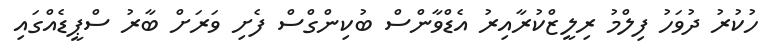
ހުކުރު ދުވަހު ފިލްމު ރިލީޒްކުރާއިރު އެޑްވާންސް ބުކިންގްސް ފެށި ވަރަށް ބާރު ސްޕީޑެއްގައި